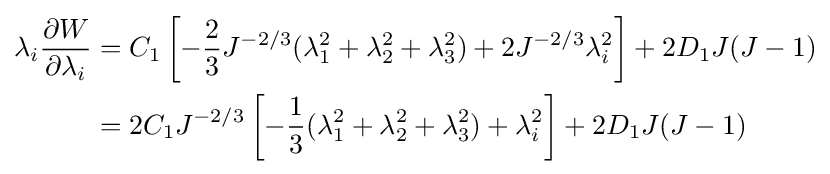
{\begin{aligned}\lambda _{i}{\frac {\partial W}{\partial \lambda _{i}}}&=C_{1}\left[-{\frac {2}{3}}J^{-2/3}(\lambda _{1}^{2}+\lambda _{2}^{2}+\lambda _{3}^{2})+2J^{-2/3}\lambda _{i}^{2}\right]+2D_{1}J(J-1)\\&=2C_{1}J^{-2/3}\left[-{\frac {1}{3}}(\lambda _{1}^{2}+\lambda _{2}^{2}+\lambda _{3}^{2})+\lambda _{i}^{2}\right]+2D_{1}J(J-1)\end{aligned}}